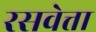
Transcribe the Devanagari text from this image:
रसवेत्ता